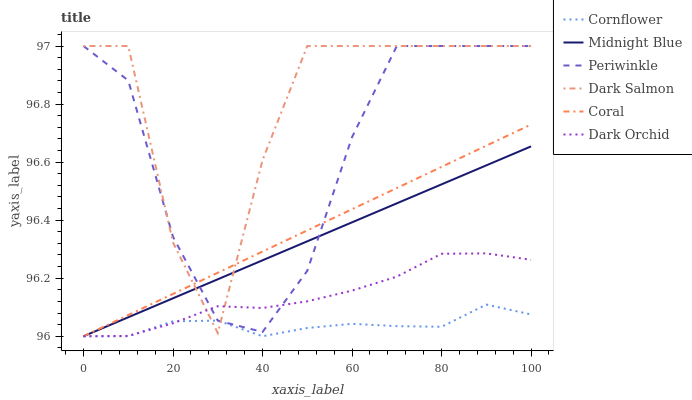
| xaxis_label | Cornflower | Midnight Blue | Periwinkle | Dark Salmon | Coral | Dark Orchid |
 | --- | --- | --- | --- | --- | --- | --- |
 | 0 | 96 | 96 | 97 | 97 | 96 | 96 |
 | 10 | 96 | 96.1 | 96.9 | 97 | 96.1 | 96 |
 | 20 | 96.1 | 96.1 | 96.3 | 96.3 | 96.1 | 96 |
 | 30 | 96.1 | 96.2 | 96.1 | 96 | 96.2 | 96.1 |
 | 40 | 96 | 96.3 | 96 | 96.6 | 96.3 | 96.1 |
 | 50 | 96 | 96.3 | 96.2 | 97 | 96.4 | 96.1 |
 | 60 | 96 | 96.4 | 96.7 | 97 | 96.4 | 96.2 |
 | 70 | 96 | 96.5 | 97 | 97 | 96.5 | 96.2 |
 | 80 | 96 | 96.5 | 97 | 97 | 96.6 | 96.3 |
 | 90 | 96.1 | 96.6 | 97 | 97 | 96.7 | 96.3 |
 | 100 | 96.1 | 96.7 | 97 | 97 | 96.7 | 96.3 |